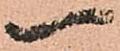
一